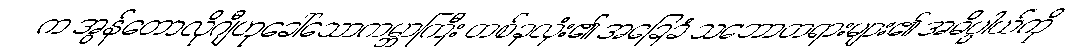
က အွန်တောလိုဂျီဟုခေါ်သောကမ္ဘာကြီး တစ်ခုလုံး၏ အခြေခံ သဘောတရားများ၏ အဓိပ္ပါယ်ကို